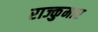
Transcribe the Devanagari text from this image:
राज्कुमार